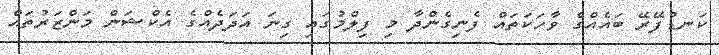
ކަނޑުފޭރޭ ބައެއްގެ ވާހަކަތައް ފެނިގެންދާ މި ފިލްމުގައި ގިނަ އަދަދެއްގެ އެކްޝަން މަންޒަރުތައް